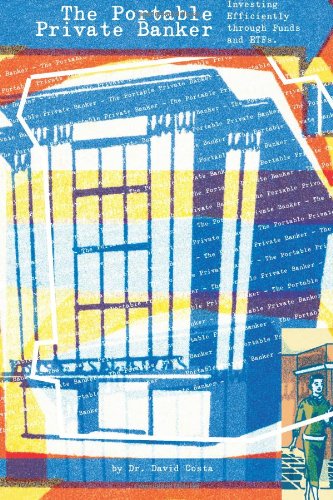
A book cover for The Portable Private Banker: Investing Efficiently through mutual funds and etfs; Dr David Costa; Business & Money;